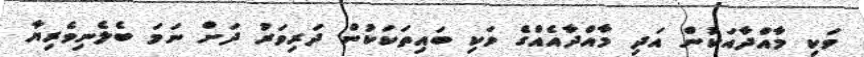
ވަކި މާއްދާއަކުން އަދި މާއްދާއެއްގެ ވަކި ބައިތަކަކުން ދަރިވަރު ދަށް ނަމަ ބެލެނިވެރިޔާ